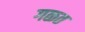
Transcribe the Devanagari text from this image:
गळत